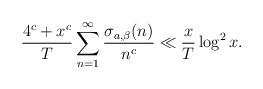
LaTeX: \begin{align*} \frac{4^{c}+x^{c}}{T} \sum_{n=1}^{\infty} \frac{\sigma _{a,\beta}(n)}{n^{c}}\ll \frac{x}{T}\log ^2x.\end{align*}